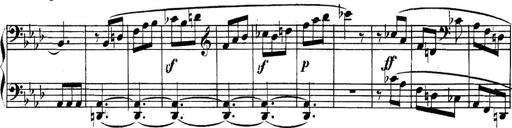
Title: Collected Piano Sonatas
Composer: Muzio Clementi